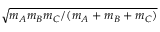
\sqrt { m _ { A } m _ { B } m _ { C } / ( m _ { A } + m _ { B } + m _ { C } ) }